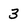
Character: 3